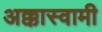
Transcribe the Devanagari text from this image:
अक्कास्वामी